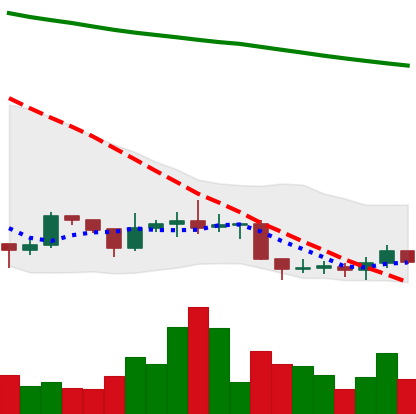
Ticker: ADA-USD
Chart end date: 2019-09-04
Forward return: 3.106%
Label: up_3_5